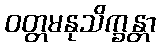
ဝတ္တမနုသိက္ခန္တာ